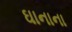
ઘાનાના